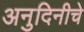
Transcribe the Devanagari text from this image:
अनुदिनीचे